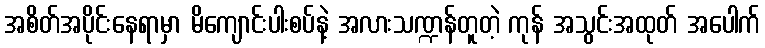
အစိတ်အပိုင်းနေရာမှာ မိကျောင်းပါးစပ်နဲ့ အလားသဏ္ဍန်တူတဲ့ ကုန် အသွင်းအထုတ် အပေါက်